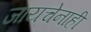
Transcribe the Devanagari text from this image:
जायचेनाही